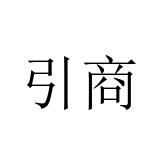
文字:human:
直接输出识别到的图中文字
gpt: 引商